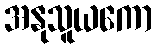
အနုသူယကော